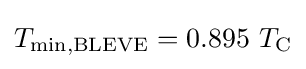
T_{\text{min,BLEVE}}=0.895\ T_{\text{C}}